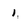
Character: 1